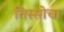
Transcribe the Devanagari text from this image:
तिस्सोचा